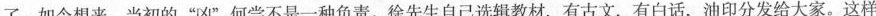
了。如今想来，当初的”凶”何尝不是一种负责。徐先生自己选辑教材，有古文，有白话，油印分发给大家。这样